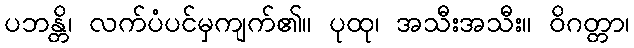
ပဘန္တိ၊ လက်ပံပင်မှကျက်၏။ ပုထု၊ အသီးအသီး။ ဝိဂတ္တာ၊